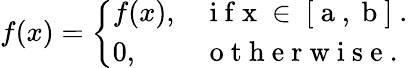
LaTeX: f(x)=\left\{ \begin{array}{ll}{f(x),}&{\mathrm{~i~f~x~\in~[~a~,~b~]~}.}\\ {0,}&{\mathrm{~o~t~h~e~r~w~i~s~e~}.}\end{array}\right.